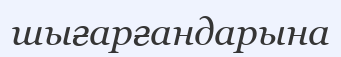
шығарғандарына